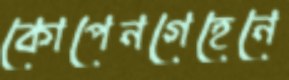
কোপেনগেহেনে